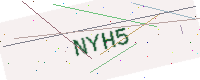
Text: NYH5